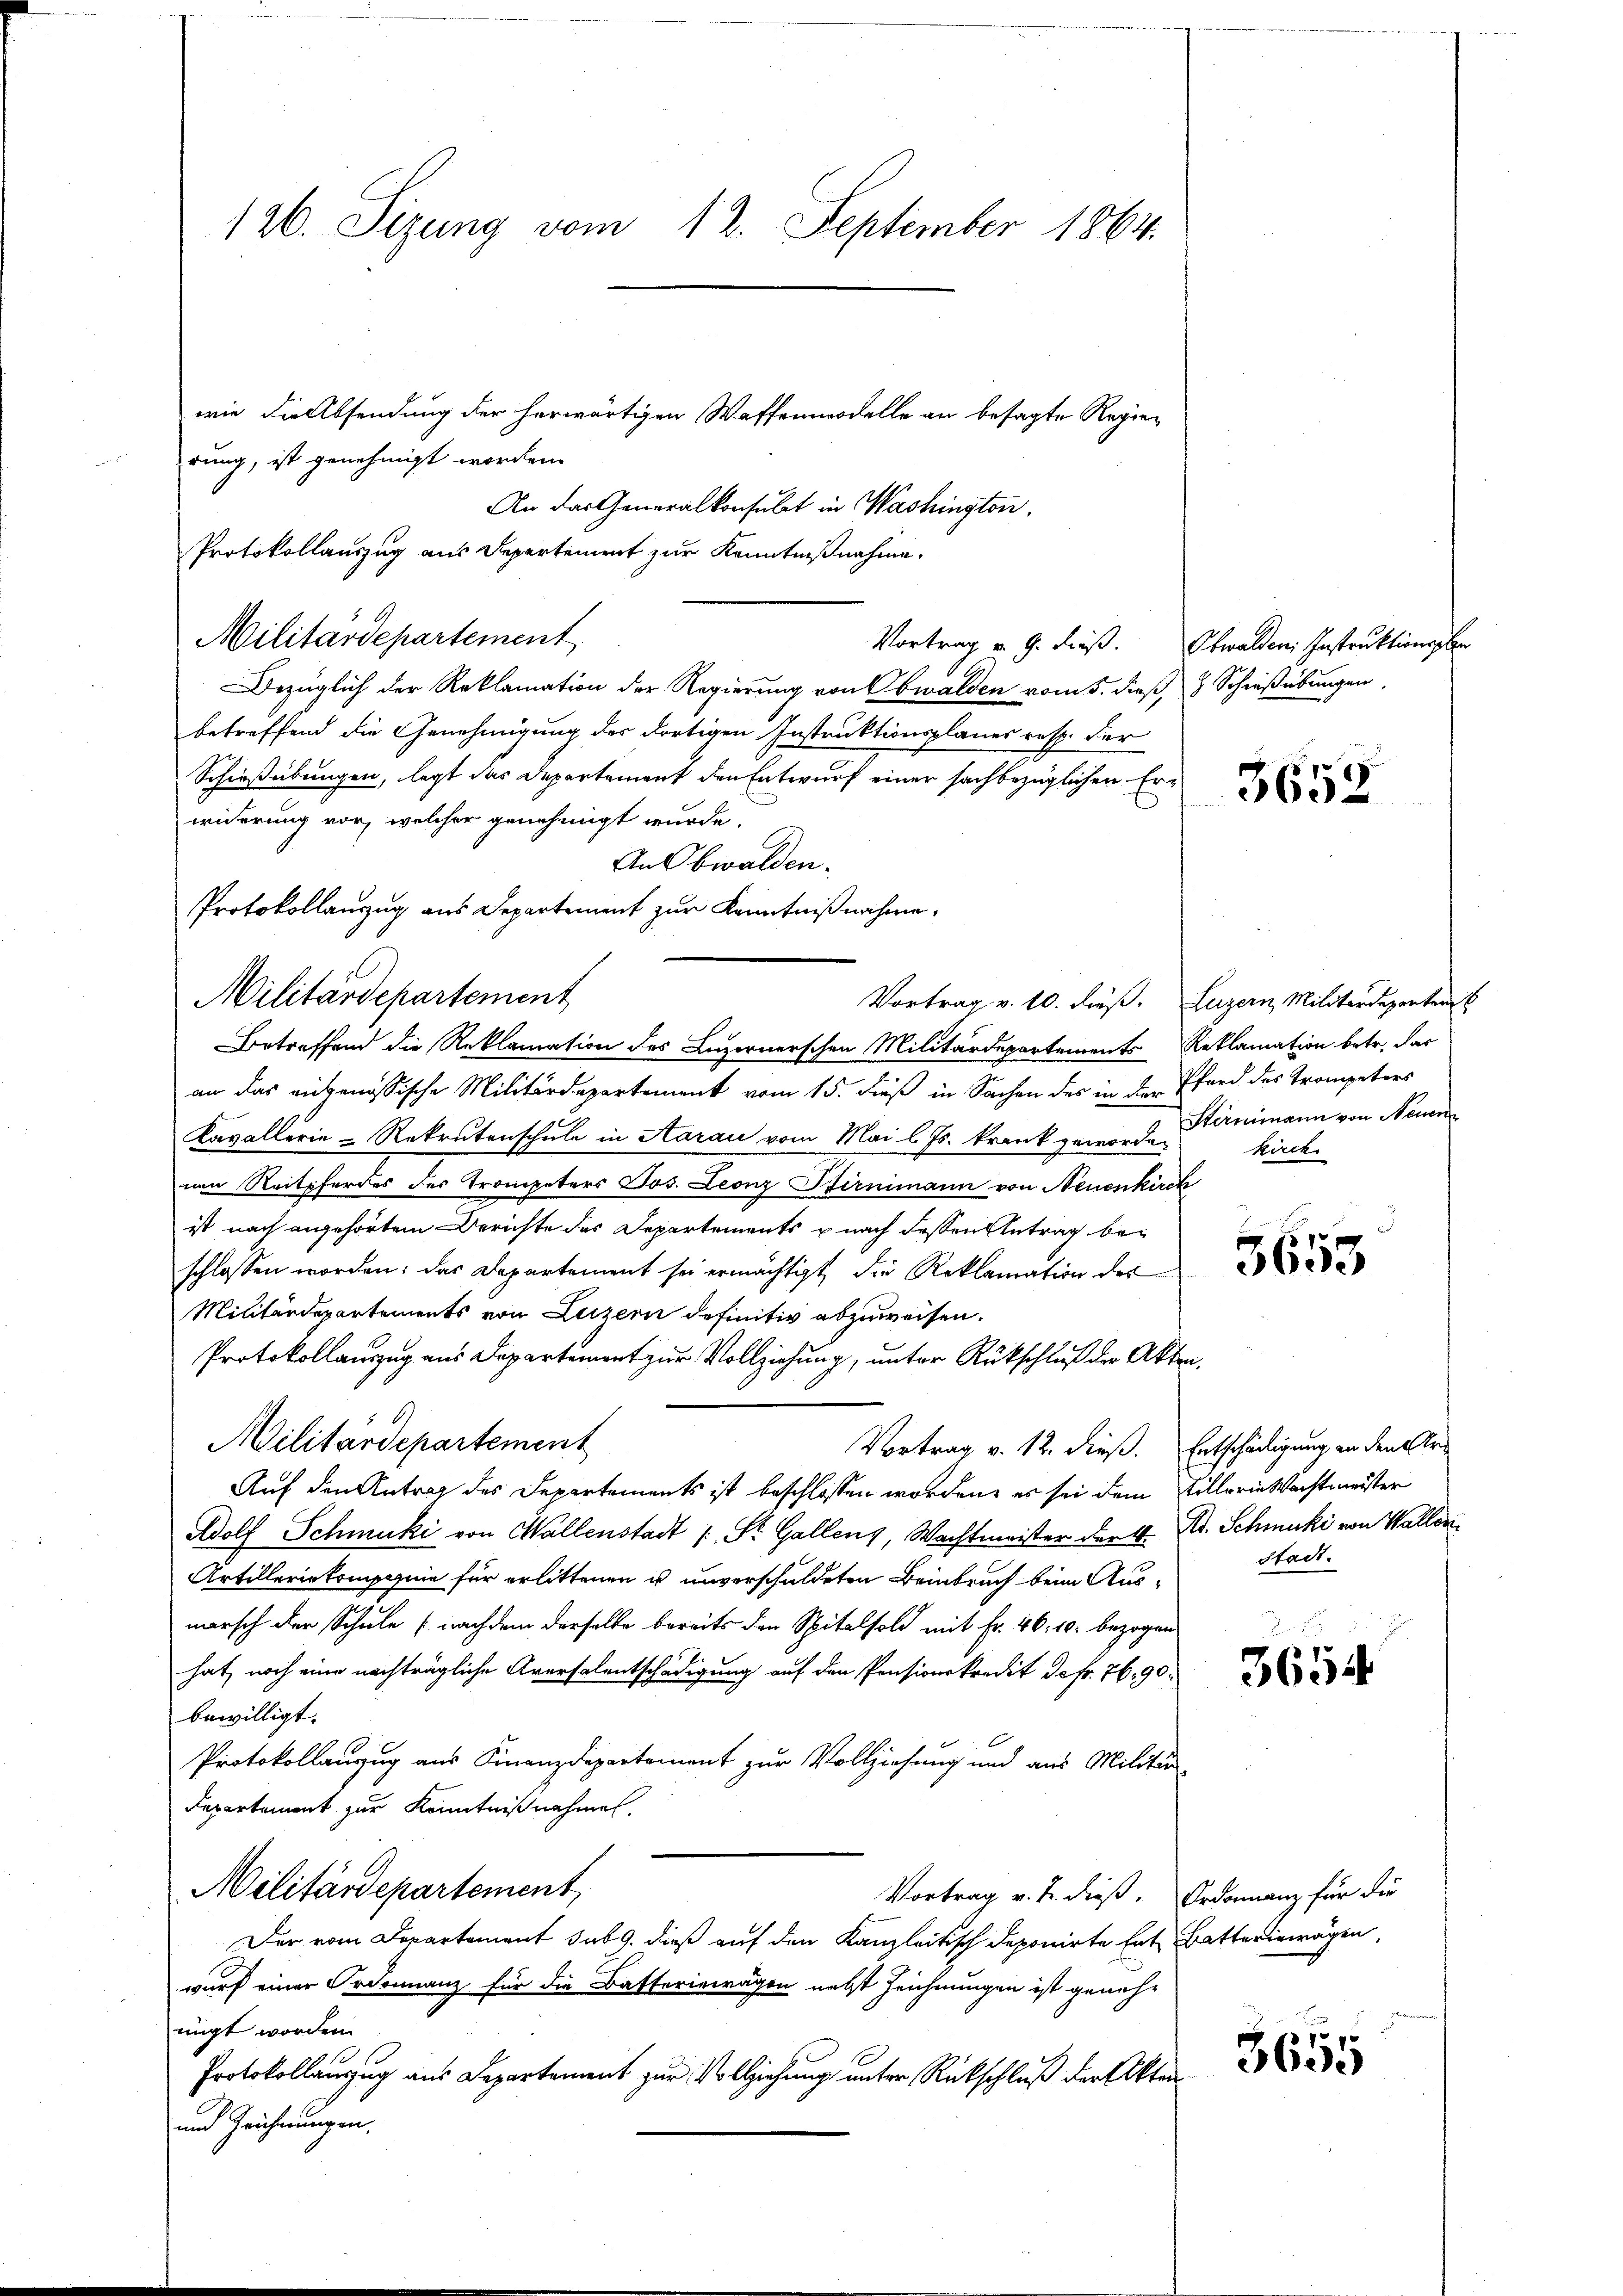
126. Sizung vom 12. September 1864.

wie die Absendung der herwärtigen Waffenmodelle an besagte Regierung, ist genehmigt worden.
An das Generalkonsulat in Washington,
Protokollauszug aus Departement zur Kenntnißnahme,
Militärdepartement.
Bezüglich der Reklamation der Regierung von Obwalden vom 5. dieß, 8 Schießübungen
betreffend die Genehmigung des dortigen Instruktionsplanes resp. der
Schießübungen, legt das Departement den Entwurf einer sachbezüglichen Erwiderung vor, welcher genehmigt wurde.
An Obwalden.
Protokollauszug aus Departement zur Kenntnißnahme.
Betreffend die Reklamation des Luzernerschen Militärdepartements Reklamation betr. das
an das eigenössische Militärdepartement vom 15. dieß in Sachen des in der Pferd des Trompeters
Kavallerie-Rekrutenschule in Aarau vom Mai l. Js. krank geworden
nen Reitpferdes des Trompeters Jos. Leonz Stirnmann von Neuenkirch
ist nach angehörtem Berichte des Departements u nach dessen Antrag beschlossen worden: das Departement sei ermächtigt, die Reklamation des
Militärdepartements von Luzern definitiv abzuweisen.
Protokollauszug aus Departement zur Vollziehung, unter Rückschluß der Akten,
Militärdepartement
Vortrag v. 12. dieß. Entschädigung in den Ar¬
Auf den Antrag des Departements ist beschlossen worden, es sei dem Pillerin Wachtmeister
Adolf Schmuki von Wallenstadt (: St. Gallenz, Wachtmeister der 4. Dr. Schmucki von Wallen
Artilleriekompagnie für erlittenen u unverschuldeten Beinbruch beim Ausmarsch der Schule (nachdem derselbe bereits den Spitalfold mit Fr. 46. 10. bezogen
hat, noch eine nachträgliche Aversalentschädigung auf den Pensionskredit Defr. 76. 90.
bewilligt.
Protokollanzug aus Finanzdepartement zur Vollziehung und aus Militär-
Repartement zur Kenntnißnahmen.
Militärdepartement,
Vortrag v. J. dieß. Ordonnanz für die
Der vom Departement sub 9. dieß auf den Kanzleitisch deponirte Ent Batteriewägen,
wurf einer Ordonnanz für die Batteriewägen nebst Zeichnungen ist geneh-
nigt worden.
Protokollanzug aus Departement zur Vollziehung unter Rückschluß der Akten
und Zeichnungen.

Militärdepartement

Vortrag v. 9. dieß. Obwalden Instruktionsplan

Vortrag v. 10. dieß. Luzern, Militärdeparten s

3652

Stirnmann von Neuen
kirch

3653

Stadt.

3654

3655